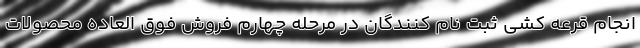
انجام قرعه کشی ثبت نام کنندگان در مرحله چهارم فروش فوق العاده محصولات